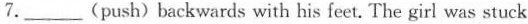
7.___(push)backwards with his feet. The girl was stuck